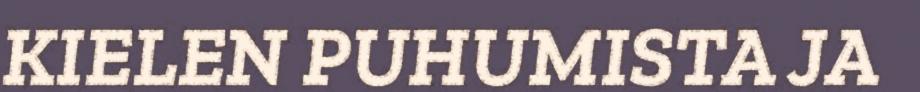
KIELEN PUHUMISTA JA